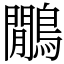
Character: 鷳